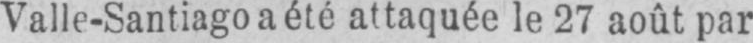
Valle-Santiago a été attaquée le 27 août par